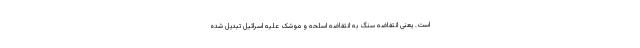
است. یعنی انتفاضه سنگ به انتفاضه اسلحه و موشک علیه اسرائیل تبدیل شده